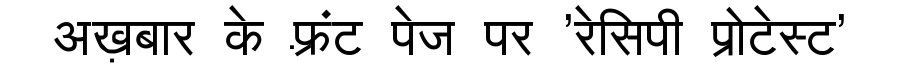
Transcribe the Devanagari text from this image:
अख़बार के फ़्रंट पेज पर 'रेसिपी प्रोटेस्ट'